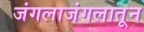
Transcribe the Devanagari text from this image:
जंगलाजंगलातून